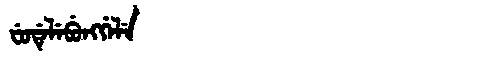
Manchu: ᠸᡠᡩᡝᠯᡝᠪᡠᠩᡤᡝᠯᡝ
Romanization: FUDELEBUNGGELE